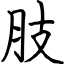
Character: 肢